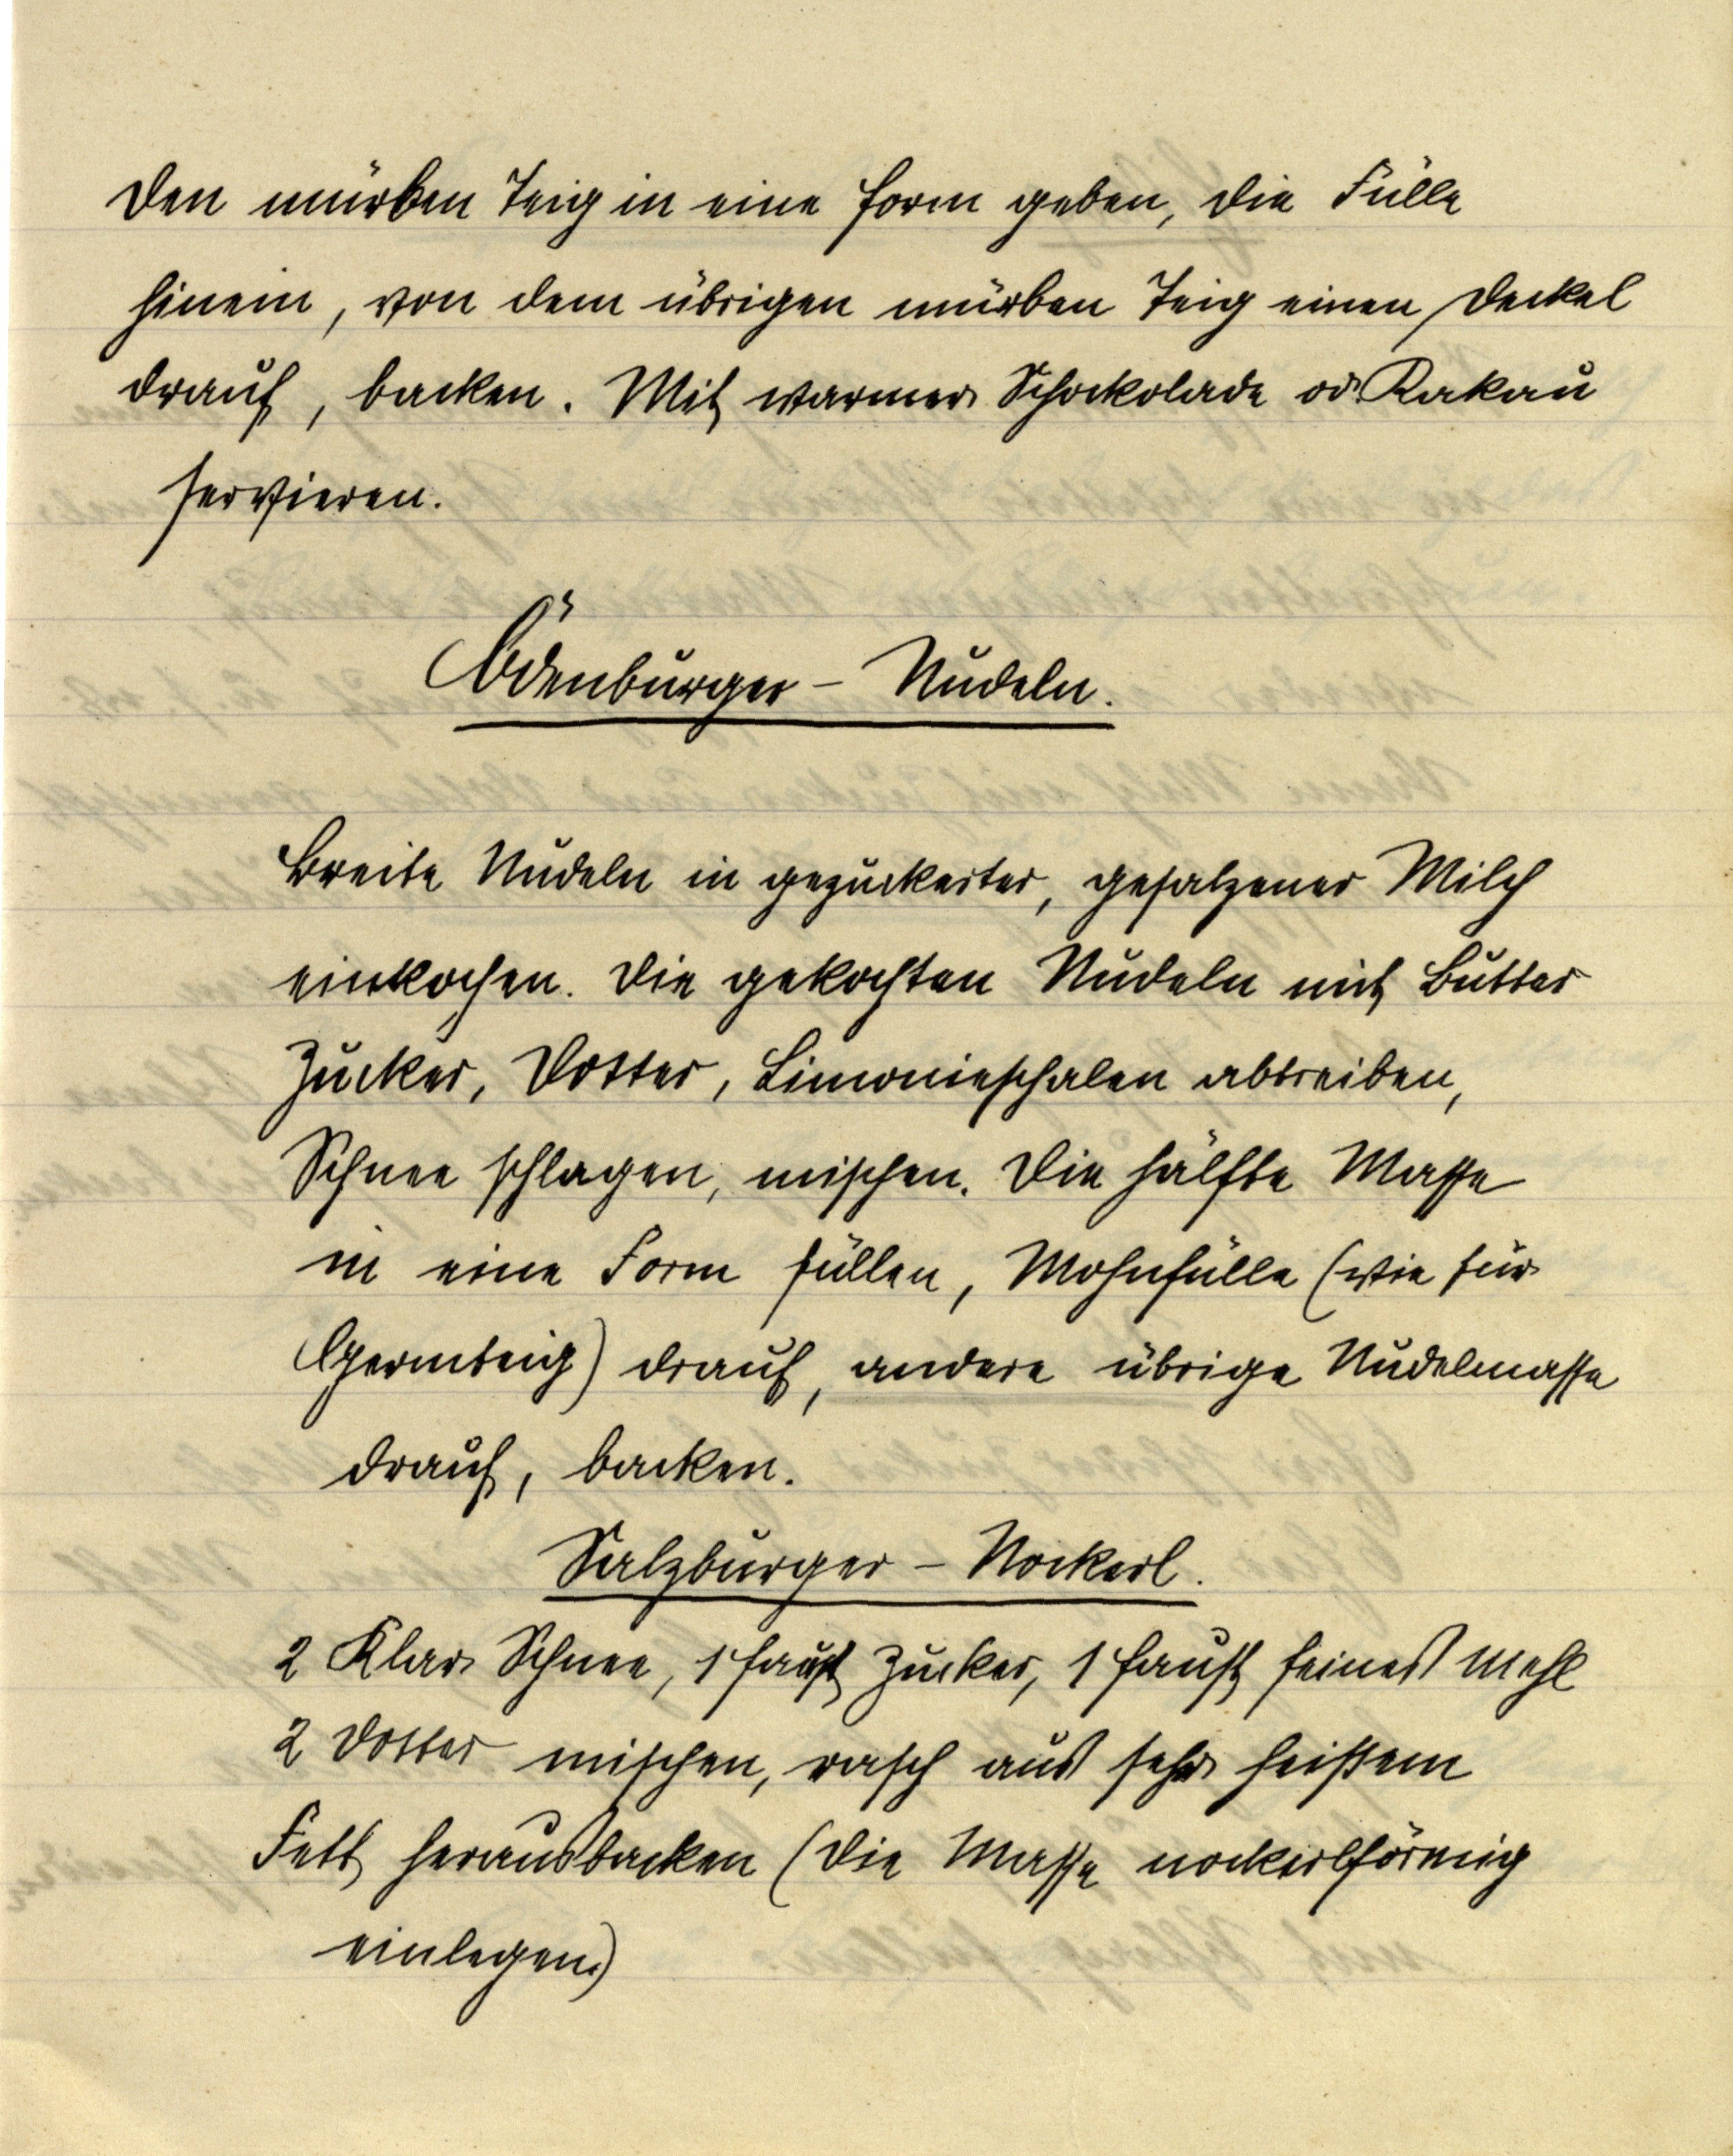
den mürben Teig in eine Form geben, die Fülle
hinein, von dem übrigen mürben Teig einen Deckel
drauf, backen. Mit warmer Schockolade od. Kakau
servieren.

Ödenburger-Nudeln.

Breite Nudeln in gezuckerter, gesalzener Milch
einkochen. Die gekochten Nudeln mit Butter
Zucker, Dotter, Limonieschalen abreiben,
Schnee schlagen, mischen. Die hälfte Masse
in eine Form füllen, Mohnfülle (wie für
Germteig) drauf, andere übrige Nudelmasse
drauf, backen.

Salzburger-Nockerl.
2 Klar Schnee, 1 Faust Zucker, 1 Faust feines Mehl
2 Dotter mischen, rasch auf sehr heißem
Fett herausbacken (die Masse nockerlförmig
einlegen)